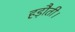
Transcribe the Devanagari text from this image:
हड़ौती।